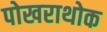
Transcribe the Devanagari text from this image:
पोखराथोक